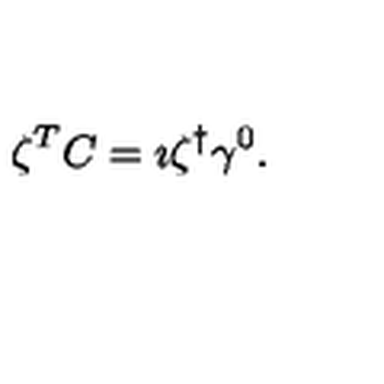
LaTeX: \zeta ^ { T } C = \imath \zeta ^ { \dagger } \gamma ^ { 0 } .